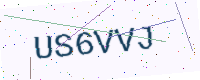
Text: US6VVJ